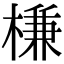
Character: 槏